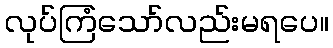
လုပ်ကြံသော်လည်းမရပေ။